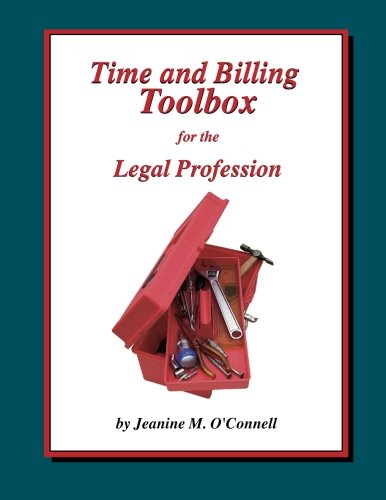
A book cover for Time and Billing Toolbox for the Legal Profession; Jeanine M. O'Connell; Law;